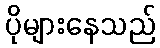
ပိုများနေသည်